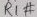
Text: R1#